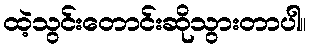
ထဲ့သွင်းတောင်းဆိုသွားတာပါ။